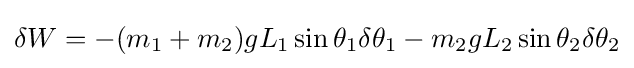
\delta W=-(m_{1}+m_{2})gL_{1}\sin \theta _{1}\delta \theta _{1}-m_{2}gL_{2}\sin \theta _{2}\delta \theta _{2}